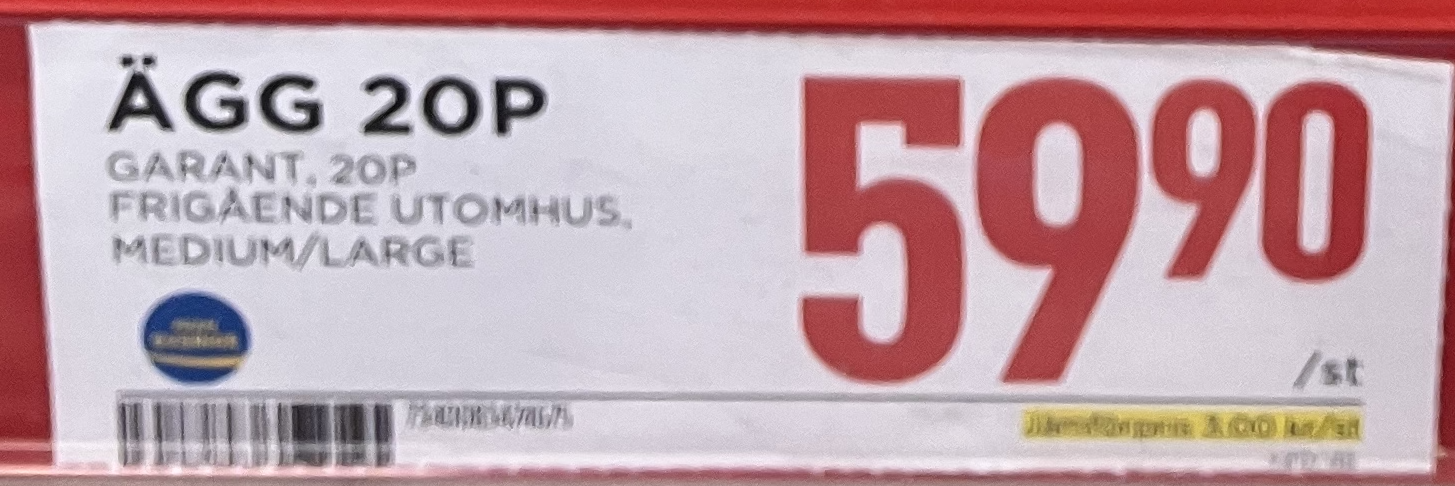
Vara: Ägg 20P
Genomsnittspris: 3 per st